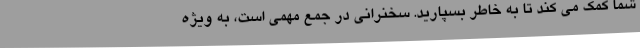
شما کمک می کند تا به خاطر بسپارید. سخنرانی در جمع مهمی است، به ویژه